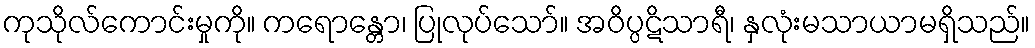
ကုသိုလ်ကောင်းမှုကို။ ကရောန္တော၊ ပြုလုပ်သော်။ အဝိပ္ပဋိသာရီ၊ နှလုံးမသာယာမရှိသည်။